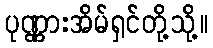
ပုဏ္ဏားအိမ်ရှင်တို့သို့။